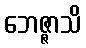
ဘေဇ္ဇာသိ